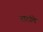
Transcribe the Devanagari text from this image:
टाटांचे